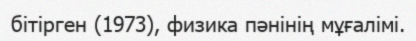
бітірген (1973), физика пәнінің мұғалімі.